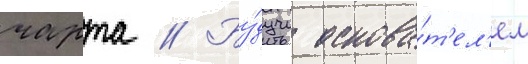
чарта // Бу́дучи основа́т'ел'ем